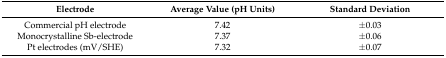
<table><thead><tr><td><b>Electrode</b></td><td><b>Average Value (pH Units)</b></td><td><b>Standard Deviation</b></td></tr></thead><tbody><tr><td>Commercial pH electrode</td><td>7.42</td><td>±0.03</td></tr><tr><td>Monocrystalline Sb-electrode</td><td>7.37</td><td>±0.06</td></tr><tr><td>Pt electrodes (mV/SHE)</td><td>7.32</td><td>±0.07</td></tr></tbody></table>